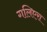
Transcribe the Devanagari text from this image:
गलिएरा